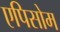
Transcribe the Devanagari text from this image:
एपिसोम